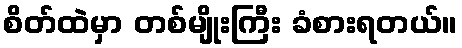
စိတ်ထဲမှာ တစ်မျိုးကြီး ခံစားရတယ်။